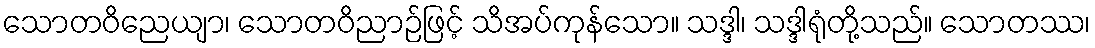
သောတဝိညေယျာ၊ သောတဝိညာဉ်ဖြင့် သိအပ်ကုန်သော။ သဒ္ဒါ၊ သဒ္ဒါရုံတို့သည်။ သောတဿ၊